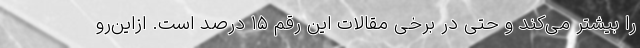
را بیشتر می‌کند و حتی در برخی مقالات این رقم ۱۵ درصد است. ازاین‌رو